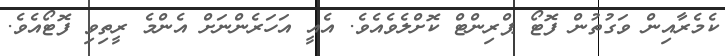
ކެމެރާއިން ވަގުތުން ފޮޓޯ ޕްރިންޓް ކޮށްލެވެއެވެ. އެއީ އަހަރެންނަށް އެންމެ ރީތިވި ފޮޓޯއެވެ.